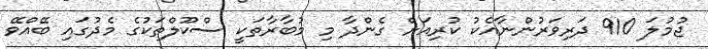
ޖުމުލަ 910 ދަރިވަރުންނާއެކު ކުރިއަށް ގެންދާ މި މުބާރާތަކީ ސްކޫލްތަކުގެ މެދުގައި ބޭއްވޭ